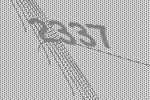
2337